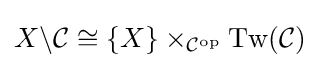
X\backslash {\mathcal {C}}\cong \{X\}\times _{{\mathcal {C}}^{\mathrm {op} }}\operatorname {Tw} ({\mathcal {C}})